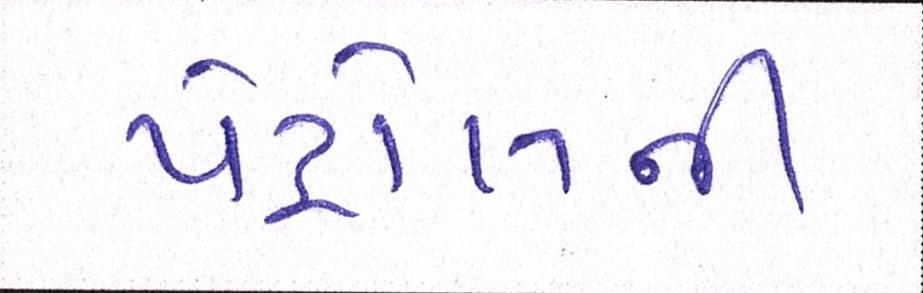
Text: પેટ્રોલની